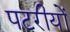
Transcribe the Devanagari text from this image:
पटरीयों